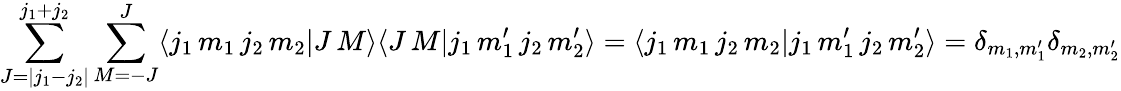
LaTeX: \sum_{J=|j_{1}-j_{2}|}^{j_{1}+j_{2}}\sum_{M=-J}^{J}\langle j_{1}\, m_{1}\, j_{2}\, m_{2}|J\, M\rangle\langle J\, M|j_{1}\, m_{1}^{\prime}\, j_{2}\, m_{2}^{\prime}\rangle=\langle j_{1}\, m_{1}\, j_{2}\, m_{2}|j_{1}\, m_{1}^{\prime}\, j_{2}\, m_{2}^{\prime}\rangle=\delta_{m_{1},m_{1}^{\prime}}\delta_{m_{2},m_{2}^{\prime}}